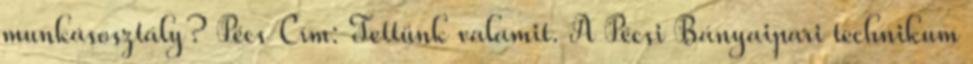
munkásosztály? Pécs Cím: Tettünk valamit. A Pécsi Bányaipari technikum